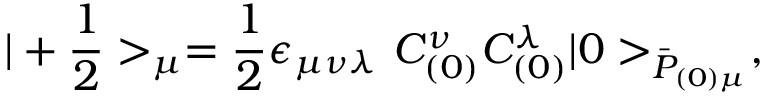
| + { \frac { 1 } { 2 } } > _ { \mu } = { \frac { 1 } { 2 } } \epsilon _ { \mu \nu \lambda } ~ { \cal C } _ { ( 0 ) } ^ { \nu } { \cal C } _ { ( 0 ) } ^ { \lambda } | 0 > _ { \bar { \cal P } _ { ( 0 ) \mu } } ,